Vaccination in Bombay 1913-1923 - 1913-1923
Year: 1913
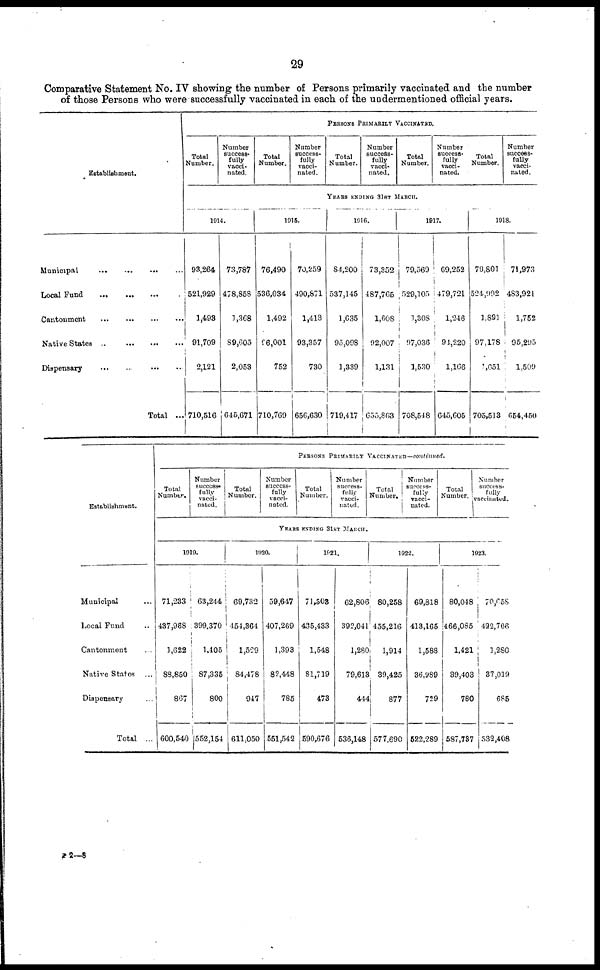
29
Comparative Statement No. IV showing the number of Persons primarily vaccinated and the number
of those Persons who were successfully vaccinated in each of the undermentioned official years.
Establishment.
Municipal
...
...
...
...
Local Fund
...
...
...
...
Cantonment
...
...
...
...
Native States
...
...
...
...
Dispensary
...
...
...
...
Total ...
PERSONS PRIMARILY VACCINATED.
Total
Number.
Number
success-
fully
vacci-
nated.
Total
Number.
Number
success-
fully
vacci-
nated.
Total
Number.
Number
success-
fully
vacci-
nated.
Total
Number.
Number
success¬
fully
vacci¬
nated.
Total
Number.
Number
success-
fully
vacci-
nated.
YEARS ENDING 31ST MARCH.
1914.
93,264
521,929
1,493
91,709
2,121
710,516
73,787
478,858
1,368
89,605
2,053
645,671
1915.
76,490
536,034
1,492
96,001
752
710,769
70,259
490,871
1,413
93,357
730
656,630
1016.
84,200
537,145
1 ,635
95,098
1,339
719,417
73,352
487,765
1,608
92,007
1,131
655,863
1917.
79,569
529,105
1,308
97,036
1,530
708,548
69,252
479,721
1,246
94,220
1,106
645,605
1918.
79,801
524,992
1,891
97,178
1,651
705,513
71,973
483,921
1,752
95,295
1,509
654,450
Establishment.
Municipal ...
Local Fund ...
Cantonment
...
Native States ...
Dispensary ...
Total ...
Total
Number.
Number
success-
fully
vacci¬
nated.
PERSONS PRIMARILY VACCINATED—continued.
Total
Number.
Number
success-
fully
vacci-
nated.
Total
Number.
Number
success-
fully
vacci-
nated.
Total
Number.
Number
success-
fully
vacci-
nated.
Total
Number.
Number
success-
fully
vaccinated.
YEARS ENDING 31ST MARCH.
1919.
71,233
437,988
1,622
88,850
867
600,540
63,244
399,370
1,405
87,335
800
552,154
1920.
69,732
454,864
1,529
84,478
947
611,050
59,647
407,269
1,393
82,448
785
551,542
1921.
71,503
435,433
1,548
81,719
473
590,676
62,806
392,041
1,280
79,613
444
536,148
1922.
80,258
455,216
1,914
39,425
877
577,690
69,818
413,165
1,588
36,989
729
522,289
1923.
80,048
466,085
1,421
39,403
780
587,737
70,058
422,766
1,280
37,019
685
532,408
P 2—8